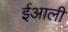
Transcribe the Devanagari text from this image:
ईआली